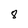
Character: 8